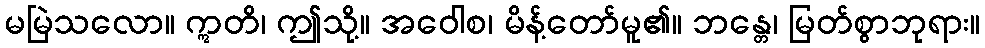
မမြဲသလော။ ဣတိ၊ ဤသို့။ အဝေါစ၊ မိန့်တော်မူ၏။ ဘန္တေ၊ မြတ်စွာဘုရား။